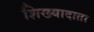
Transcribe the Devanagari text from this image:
शिख्यादाता